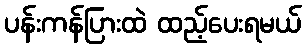
ပန်းကန်ပြားထဲ ထည့်ပေးရမယ်